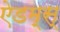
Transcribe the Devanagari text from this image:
ऐडम्स्‌